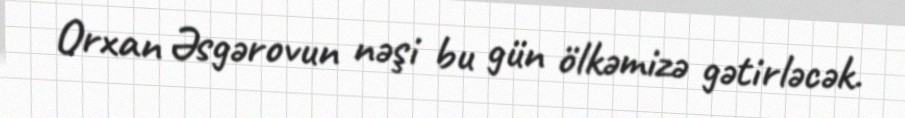
Orxan Əsgərovun nəşi bu gün ölkəmizə gətirləcək.